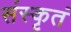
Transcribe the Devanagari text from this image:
संस्कृतं